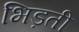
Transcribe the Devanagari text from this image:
भिड़ती